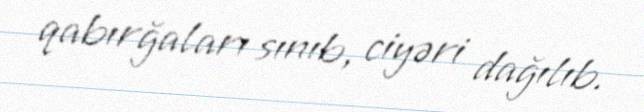
qabırğaları sınıb, ciyəri dağılıb.